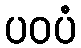
ပဝပံ